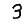
Digit: 3